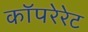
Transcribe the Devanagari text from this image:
कॉपरेरेट